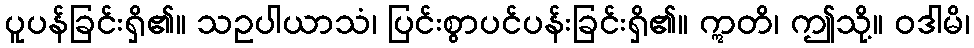
ပူပန်ခြင်းရှိ၏။ သဥပါယာသံ၊ ပြင်းစွာပင်ပန်းခြင်းရှိ၏။ ဣတိ၊ ဤသို့။ ဝဒါမိ၊